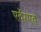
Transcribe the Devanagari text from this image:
एर्वेरएव